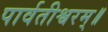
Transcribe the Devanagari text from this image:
पार्वतीश्वरम्॥